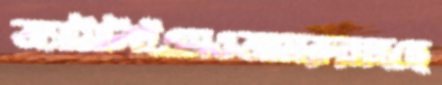
অ্যামিলিইএমওআমরুল্লাহছে